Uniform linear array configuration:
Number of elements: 16
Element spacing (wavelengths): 1
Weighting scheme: uniform
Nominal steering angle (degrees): -15
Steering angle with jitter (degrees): -13.042
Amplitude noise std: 0.05
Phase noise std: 0.05

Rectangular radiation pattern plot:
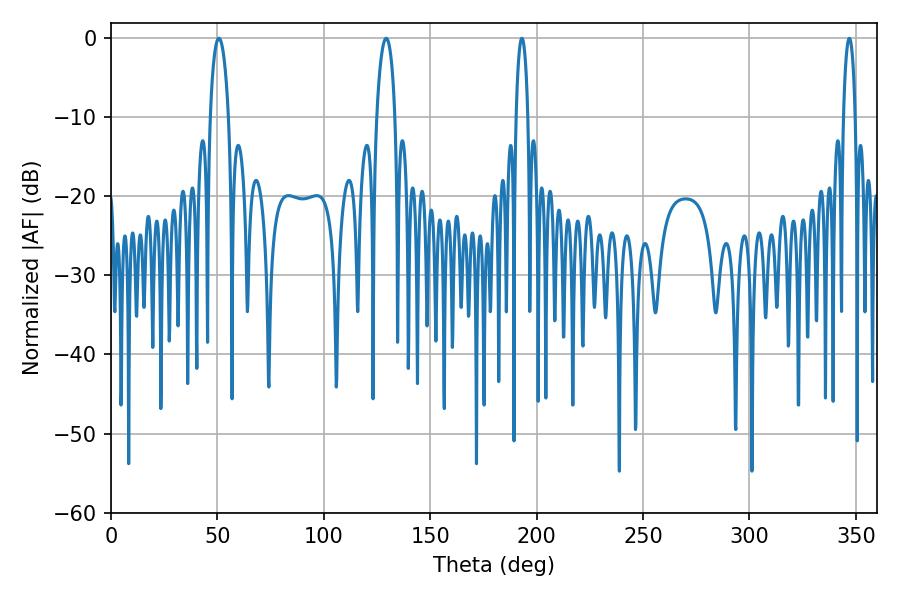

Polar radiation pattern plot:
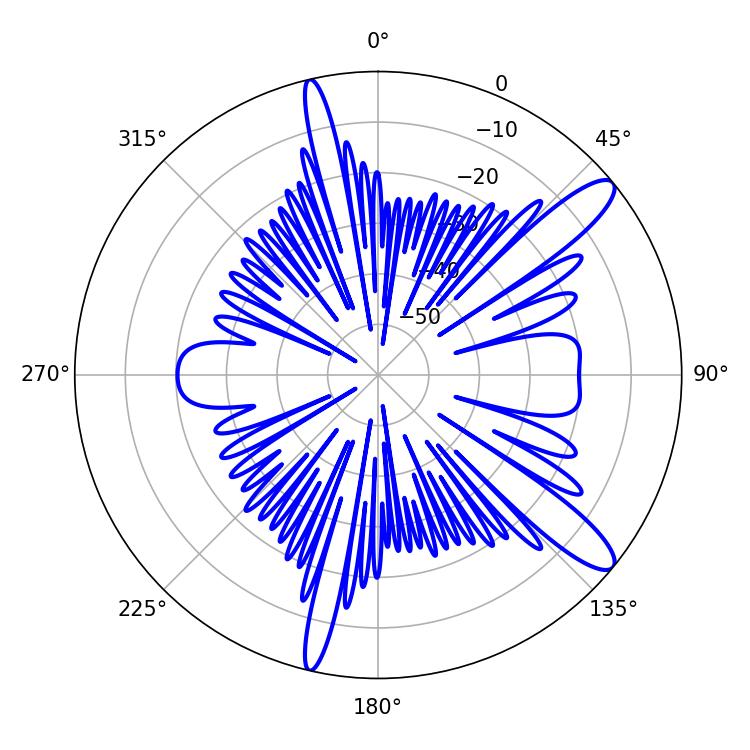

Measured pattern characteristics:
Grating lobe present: TRUE
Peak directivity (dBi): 12.133
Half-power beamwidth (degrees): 5.04
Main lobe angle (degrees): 50.76